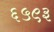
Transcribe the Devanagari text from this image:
६५९३